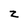
Character: z